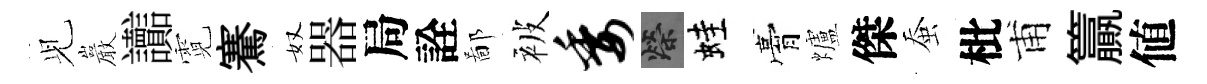
𫤗巖讟霓騫奴器局詮鄙被委榮蛙膏爐傑蚕枇甫籯値